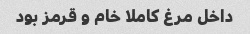
داخل مرغ کاملا خام و قرمز بود